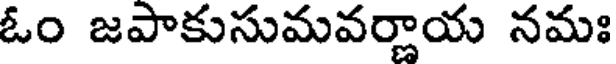
ఓం జపాకుసుమవర్ణాయ నమః